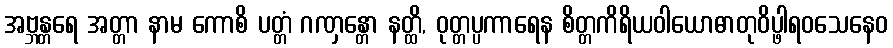
အဗ္ဘန္တရေ အတ္တာ နာမ ကောစိ ပတ္တံ ဂဏှန္တော နတ္ထိ, ဝုတ္တပ္ပကာရေန စိတ္တကိရိယဝါယောဓာတုဝိပ္ဖါရဝသေနေဝ